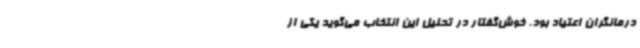
درمانگران اعتیاد بود. خوش‌گفتار در تحلیل این انتخاب می‌گوید یکی از